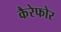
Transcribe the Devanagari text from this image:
कैरेफोर